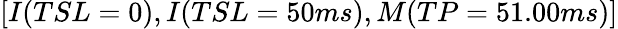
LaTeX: [I(TSL=0),I(TSL=50ms),M(TP=51.00ms)]